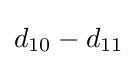
d_{10}-d_{11}